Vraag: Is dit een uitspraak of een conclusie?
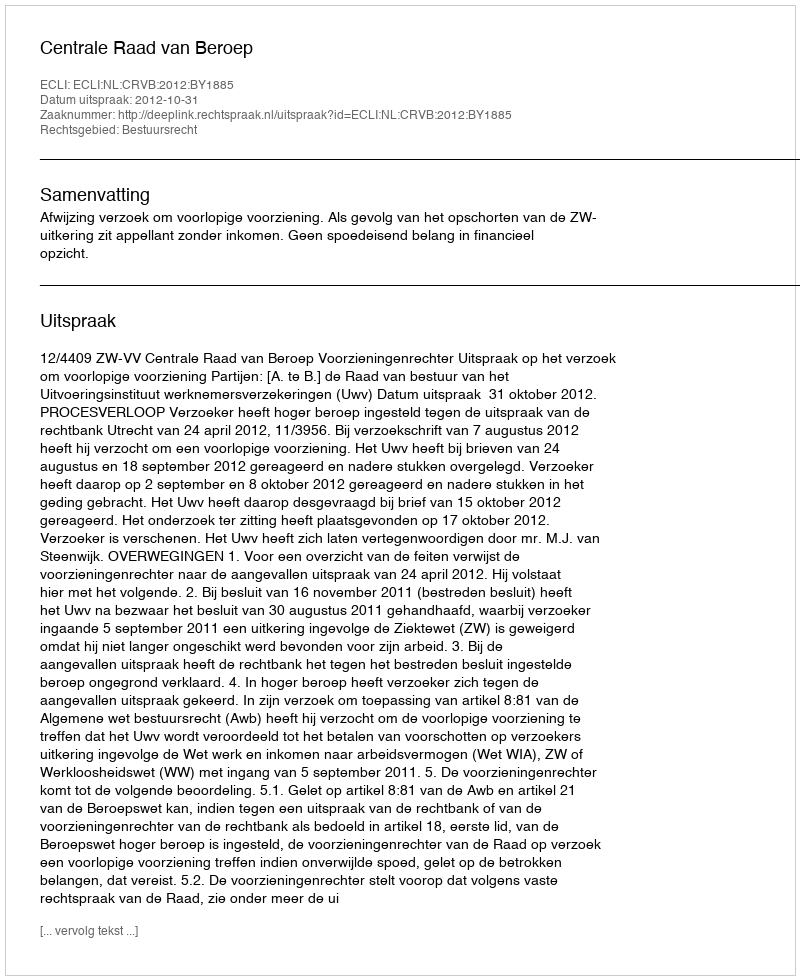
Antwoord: Uitspraak